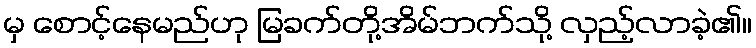
မှ စောင့်နေမည်ဟု မြခက်တို့အိမ်ဘက်သို့ လှည့်လာခဲ့၏။